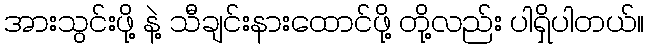
အားသွင်းဖို့ နဲ့ သီချင်းနားထောင်ဖို့ တို့လည်း ပါရှိပါတယ်။